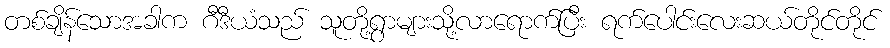
တစ်ချိန်သောအခါက ဂီဒီယံသည် သူတို့ရွာများသို့လာရောက်ပြီး ရက်ပေါင်းလေးဆယ်တိုင်တိုင်